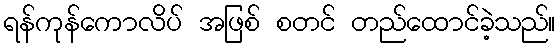
ရန်ကုန်ကောလိပ် အဖြစ် စတင် တည်ထောင်ခဲ့သည်။